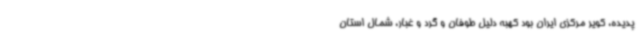
پدیده، کویر مرکزی ایران بود کهبه دلیل طوفان و گرد و غبار، شمال استان